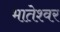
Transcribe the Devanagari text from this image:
भातेश्वर